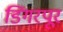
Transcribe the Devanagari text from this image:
डिंगरपूर